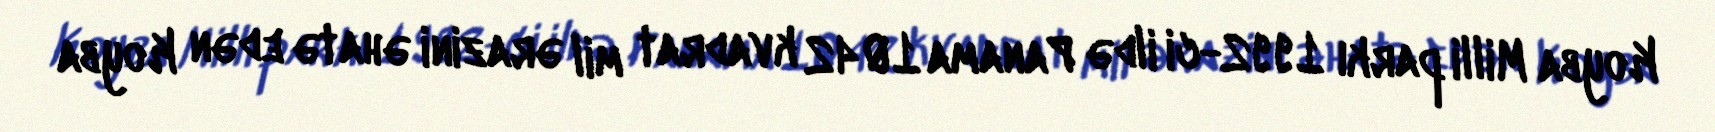
Koyba Milli parkı 1992-ci ildə Panama 1042 kvadrat mil ərazini əhatə edən Koyba